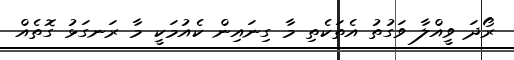
ރޯދަ ވީއްލާ ވަގުތު އެތަކެތި މާ ގިނައިން ކެއުމަކީ މާ ރަނގަޅު ގޮތެއް